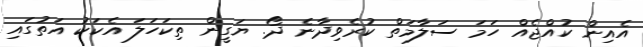
އެއިން ކުއްޖެއް ހަމަ ސަލާމަތް ކުރެވިދާނެ ދޯ. ޔަގީން ތިކަހަލަ އެކަކު އަތުގައި